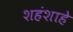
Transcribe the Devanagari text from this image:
शहंशाहे